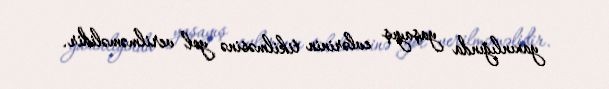
yaxınlığında yaşayış evlərinin tikilməsinə yol verilməməlidir.